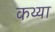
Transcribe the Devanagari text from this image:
कथ्या